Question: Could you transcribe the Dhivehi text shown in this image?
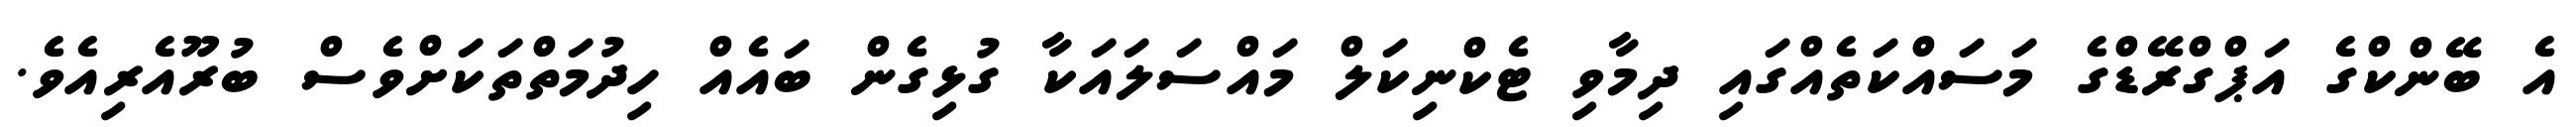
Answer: އެ ބޭންކްގެ އަޕްގްރޭޑްގެ މަސައްކަތެއްގައި ދިމާވި ޓެކްނިކަލް މައްސަލައަކާ ގުޅިގެން ބައެއް ހިދުމަތްތަކަށްވެސް ބުރޫއެރިއެވެ.